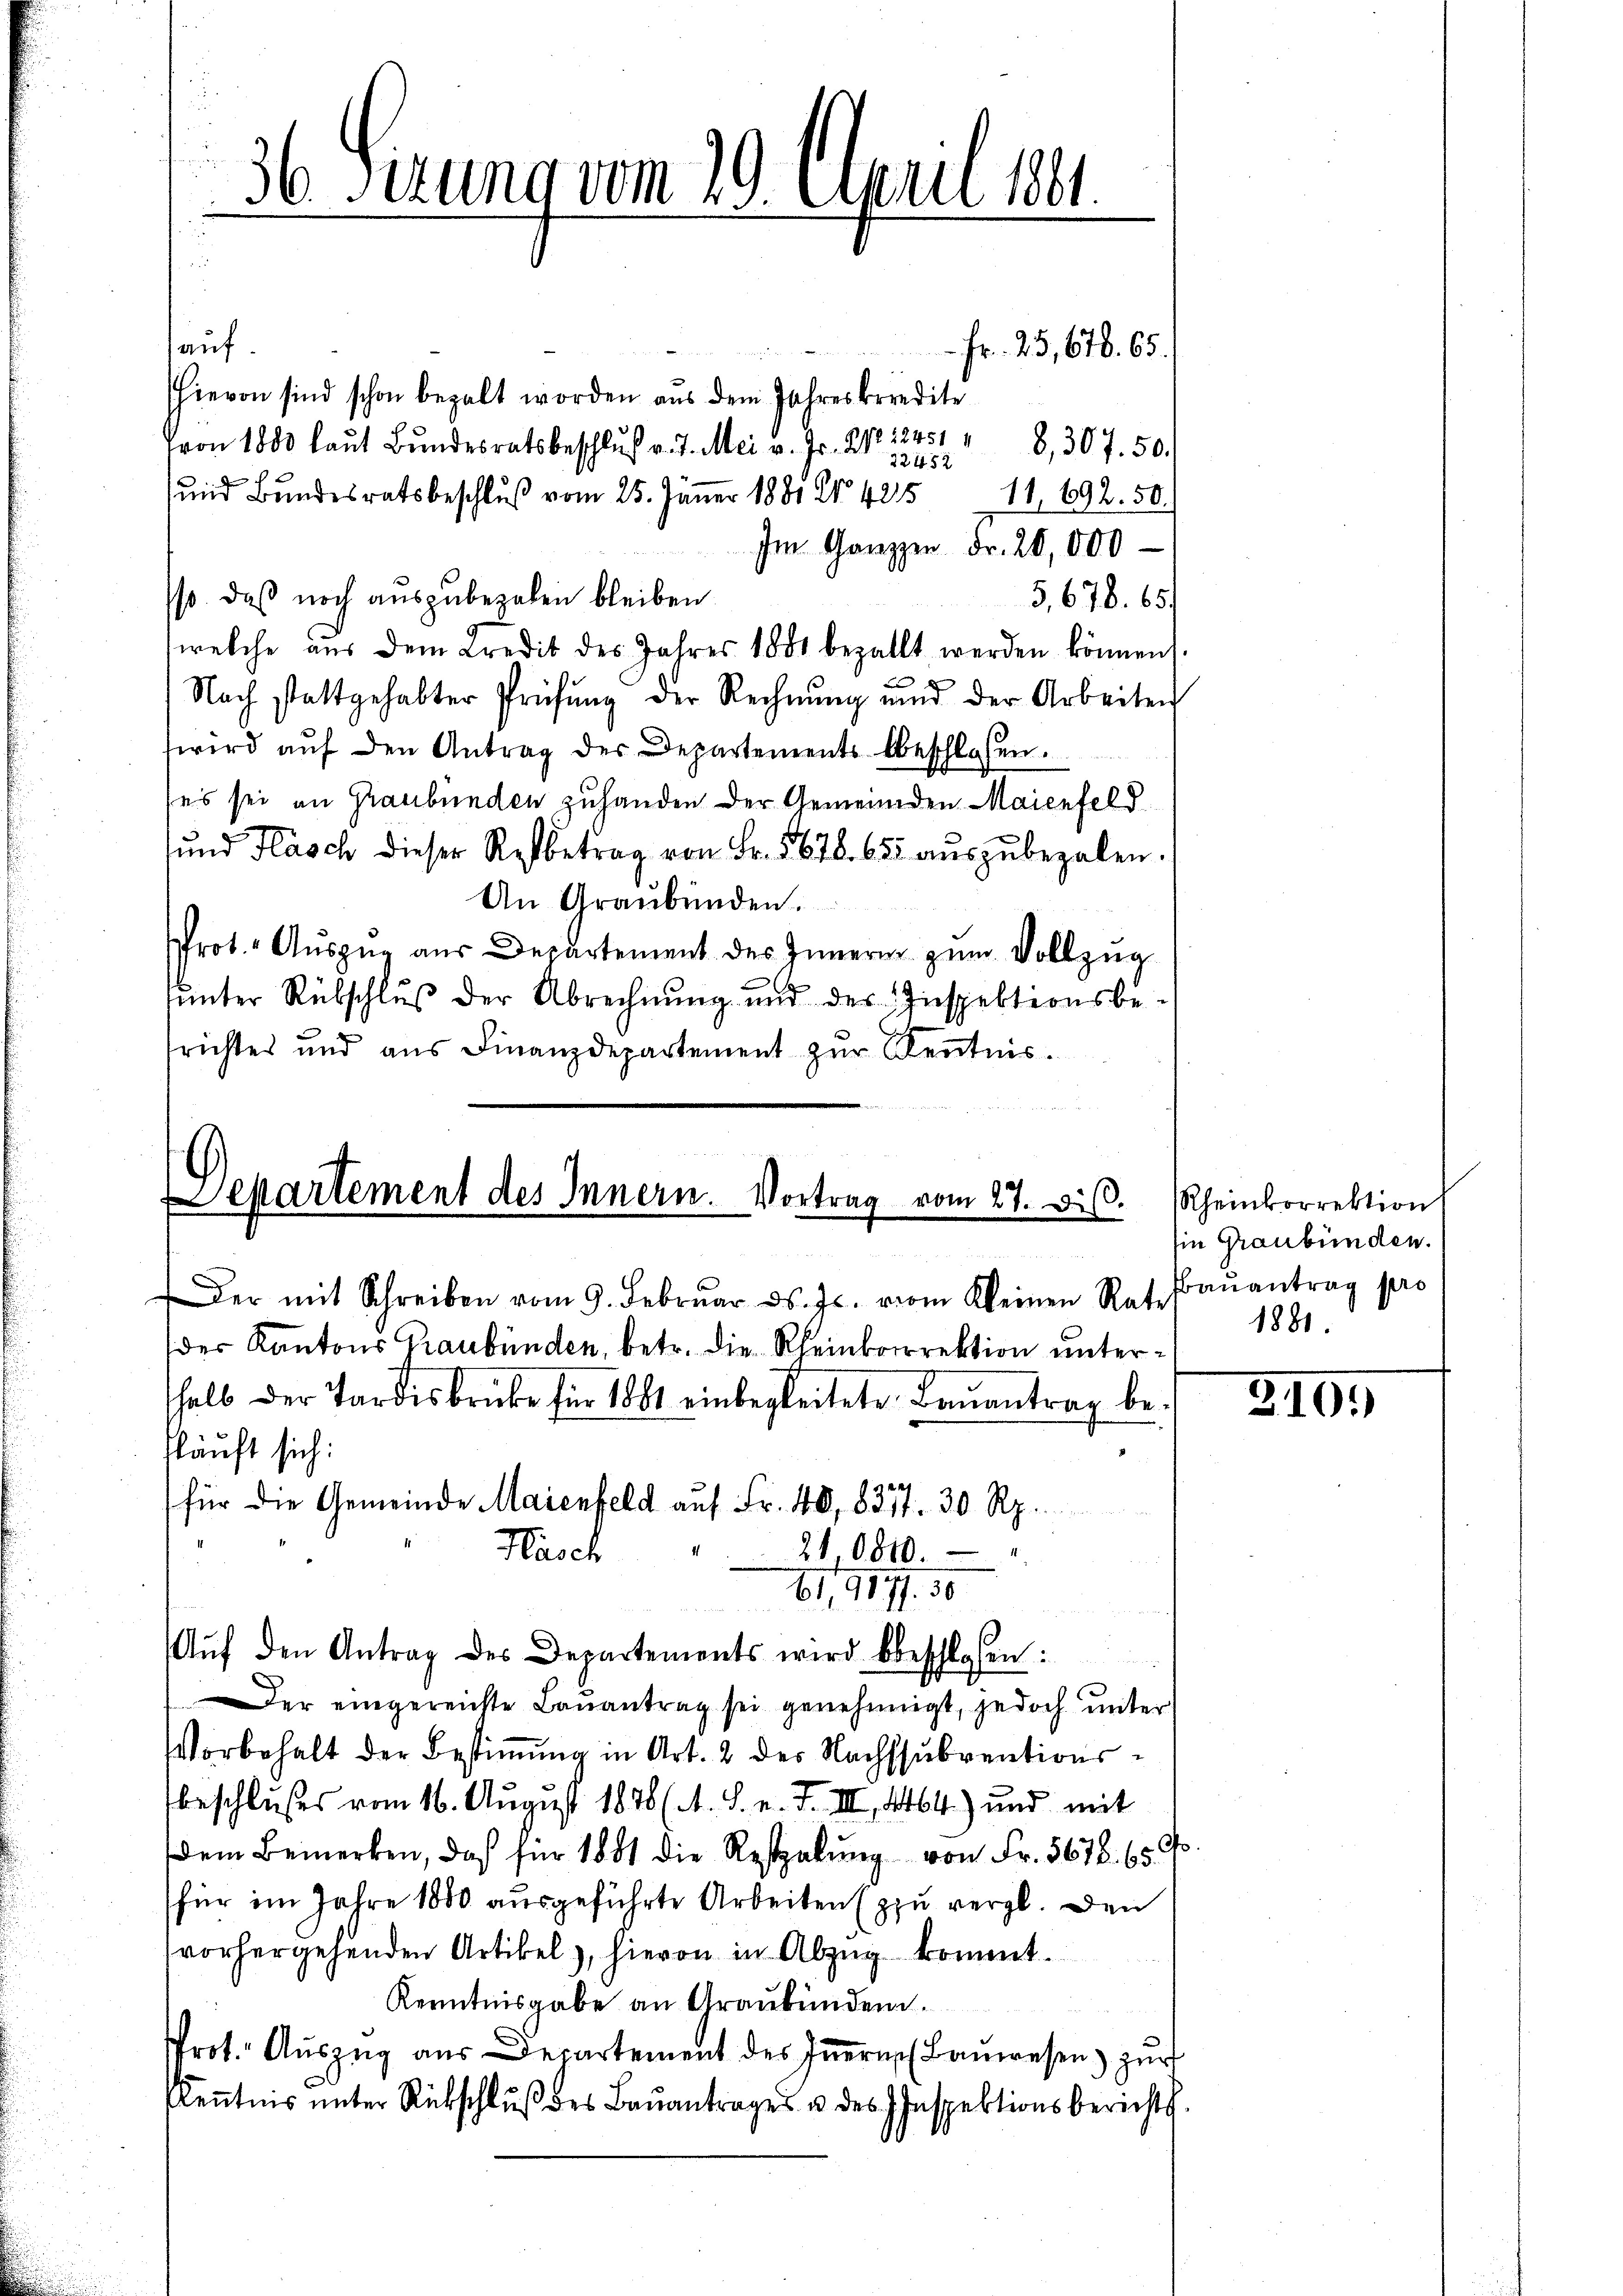
epartement des Innern. Vortrag vom 27. Dis

Der mit Schreiben vom 9. Febrŭar d. Js. vom Kleinen Rat. Baŭantrag pro

61, 111. 50
Aŭf den Antrag des Departements wird beschlossen:

36 Sizung vom 10. April 1881.

auf
hievon sind schon bezalt worden aus dem Jahresberedite
Vvon 1800 laut Bundesratsbeschluß v. J. Mai v. Fr. 2125 " 8,307. 50.
und Bundesratsbeschluß vom 25. Jänner 1881 Nr. 425 11, 692. 50.
Im Ganzen Fr. 20,000
so, daß noch auszubezalen bleiben.
5,678. 65.
welche aŭs dem Credit des Jahres 1881 bezahlt werden können.
Nach stattgehabter Prüfung der Rechnung und der Arbeiten
wird aŭf den Antrag der Departements beschlafen.
ses sei an Graubünden zuhanden der Gemeinden Maienfeld
ŭnd Flasch dieser Restbetrag von Fr. 5678. 655 aŭszŭbezalen.
An Graubünden.
rot. Auszug aus Departement des Innern zum Vollzug
ŭnter Rübschlŭβ der Abrechnŭng und des Inspektionsbe-
srichtes und aus Finanzdepartement zur Kentnis¬

der Kantons Graubünden, betr. die Rheinkorrektion unterhalb der Tardisbrücke für 1881 einbegleitete Baŭantrag be¬
Pläuft sich:
für die Gemeinde Maienfeld auf Fr. 40, 8377. 30 Rp.
Nasch
" 21,0810.

Fr. 25,678. 65.

Rheinkorrektion
sie Graubünden.
1881.

Der eingereichte Baŭantrag sei genehmigt, jedoch unter
Vorbehalt der Bestimmung in Art. 2 des Nachssubventionsbeschlußes vom 16. August 1876 (A. S. v. J. III 4464) und mit
Dem Bemerken, daß für 1881 die Restalŭng von Fr. 5678. 65 f.
für im Jahre 1880 ausgeführte Arbeiten (zu vergl. Den
vorhergehenden Artikel), hievon in Abzug kommt.
Kenntnisgabe an Graubünden.
Prot. Aŭszŭg aŭs Departement des Iṅern Baŭwesen zŭr
Kenntnis unter Rückschlŭβ des Baŭantrages u des Inspektionsberichts.

310.